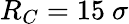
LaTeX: R_{C}=15~\sigma